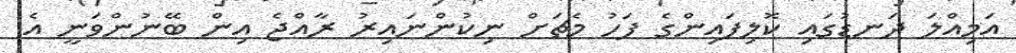
އަމިއްލަ ދަނޑުގައި ކޮލިފައިންގެ ފަހު މެޗަށް ނިކުންނައިރު ރާއްޖެ އިން ބޭނުންވަނީ އެ